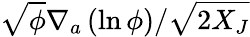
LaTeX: \sqrt{\phi}{\nabla_{a}\left(\ln{\phi}\right)}/{\sqrt{2X_{J}}}